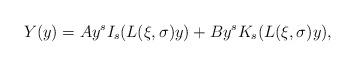
LaTeX: \begin{align*}Y(y) = A y^s I_s(L(\xi,\sigma) y) + B y^s K_s(L(\xi,\sigma) y),\end{align*}